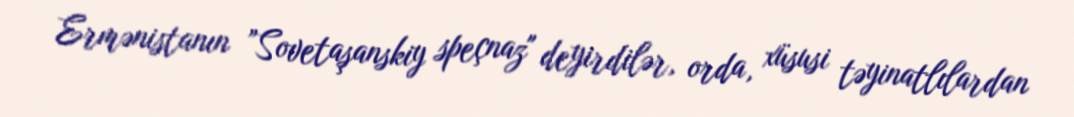
Ermənistanın ”Sovetaşanskiy speçnaz" deyirdilər, orda, xüsusi təyinatlılardan